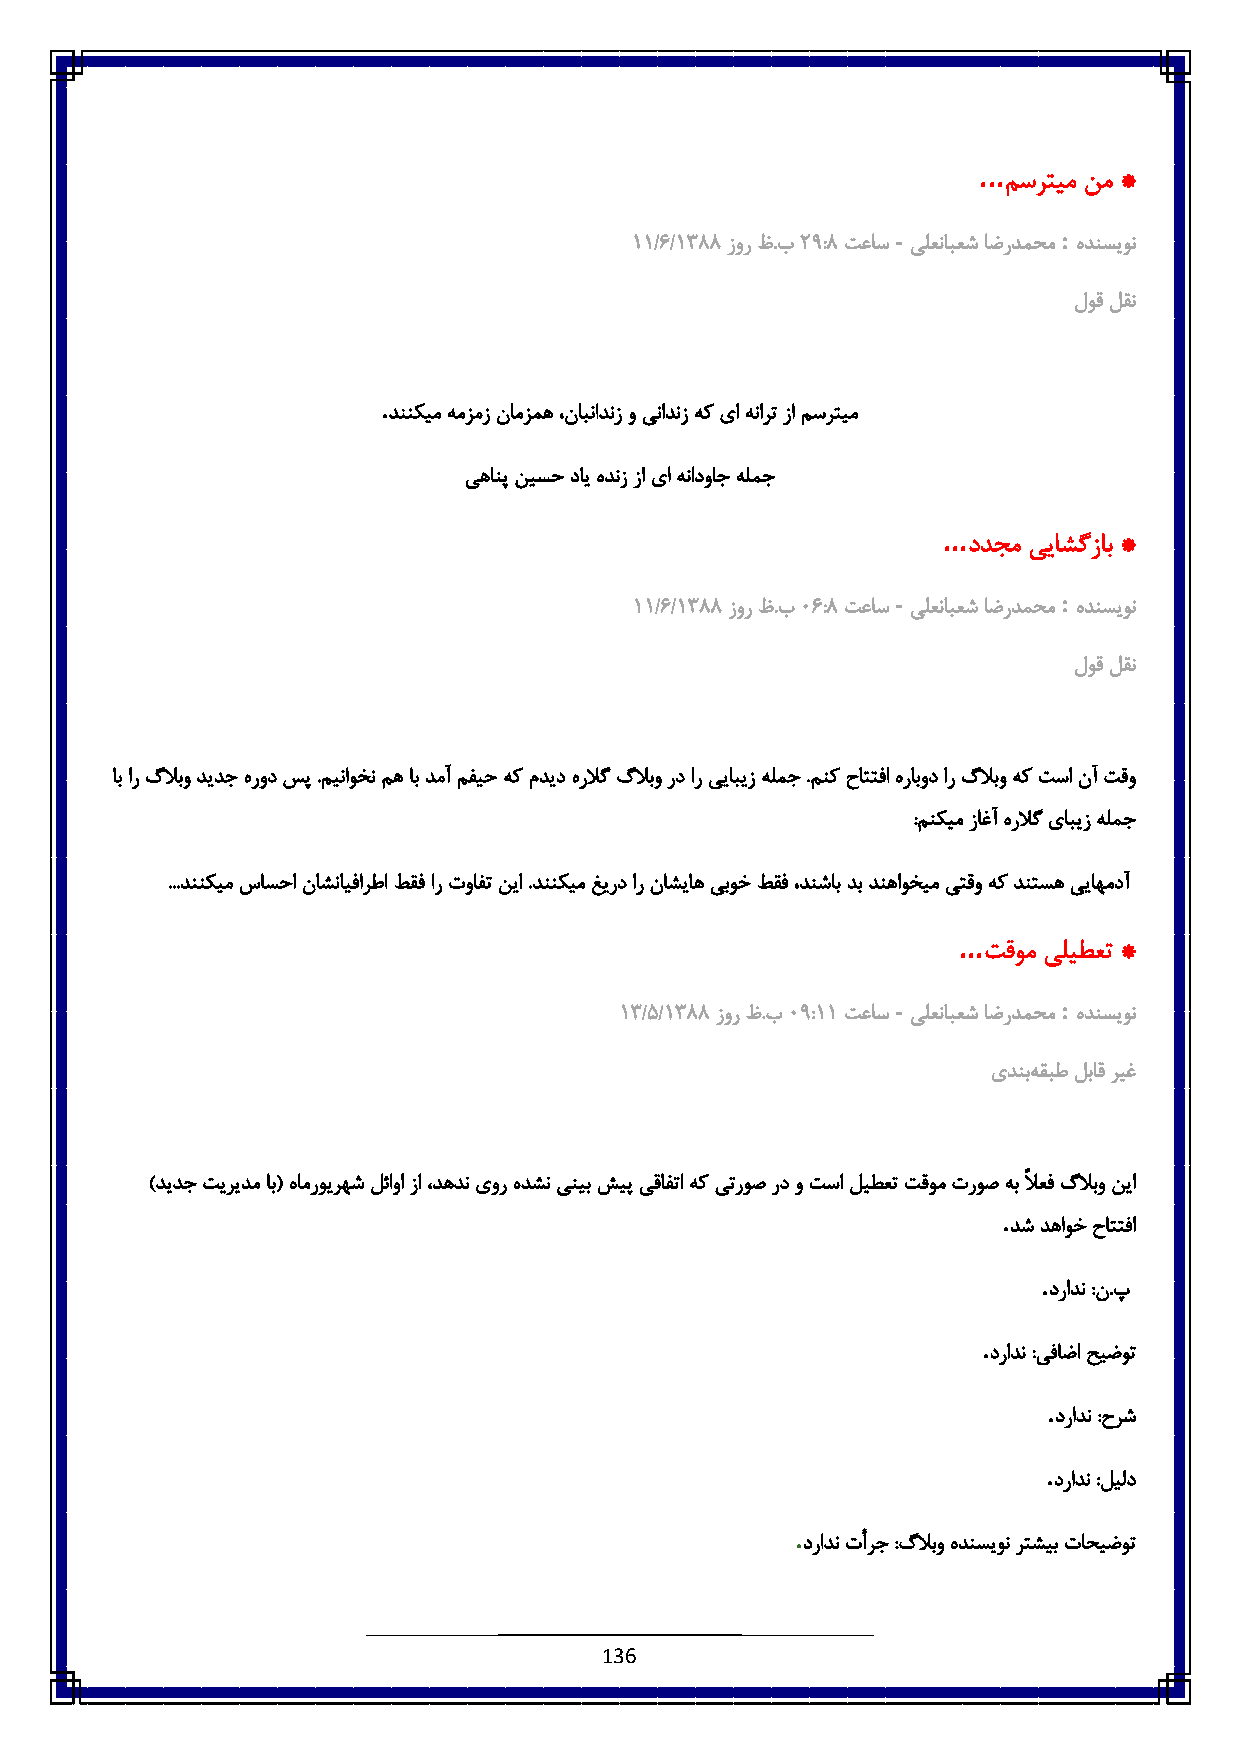
...
 مسرتیم نم *
 -          :
 66/1/6833 زور ظ.ب: 3:3 تعاس یلعنابعش اضردمحم هدنسیون
 لوق لقن
 .
 دننکیم همزمز نامزمه ،نابنادنز و ینادنز هک یا هنارت زا مسرتیم
 یهانپ نیسح دای هدنز زا یا هنادواج هلمج
 ...
 ددجم ییاشگزاب *
 -          :
 66/1/6833 زور ظ.ب٥ 1:3 تعاس یلعنابعش اضردمحم هدنسیون
 لوق لقن
 اب ار گلابو دیدج هرود سپ .میناوخن مه اب دمآ مفیح هک مدید هرلاگگلابو رد ار ییابیز هلمج .منک حاتتفا هرابود ار گلابو هک تسا نآ تقو
 :منکیم زاغآ هرلاگ یابیز هلمج
 ...دننکیم ساسحا ناشنایفارطا طقف ار توافت نیا .دننکیم غیرد ار ناشیاه یبوخ طقف ،دنشاب دب دنهاوخیم یتقو هک دنتسه ییاهمدآ
 ...
 تقوم یلیطعت *
 -          :
 68/٠/6833 زور ظ.ب٥ 3:66 تعاس یلعنابعش اضردمحم هدنسیون
 یدنبه قبط لباق ریغ
 )دیدج تیریدم اب( هامرویرهش لئاوا زا ،دهدن یور هدشن ینیب شیپ یقافتا هک یتروص رد و تسا لیطعت تقوم تروص هب ًلاعف گلابو نیا
 .
 دش دهاوخ حاتتفا
 .
 درادن :ن.پ
 .
 درادن :یفاضا حیضوت
 .
 درادن :حرش
 .
 درادن :لیلد
 .
 درادن تأرج :گلابو هدنسیون رتشیب تاحیضوت
 136